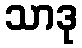
သာဒု